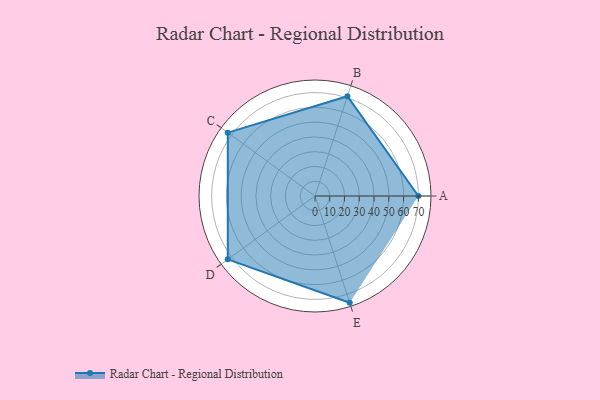
{"axis": {"x": "Skill", "y": "Score"}, "legend": ["Profile"], "data": [{"x": "A", "y": 70.0, "type": "Profile"}, {"x": "B", "y": 71.0, "type": "Profile"}, {"x": "C", "y": 73.0, "type": "Profile"}, {"x": "D", "y": 73.0, "type": "Profile"}, {"x": "E", "y": 76.0, "type": "Profile"}]}